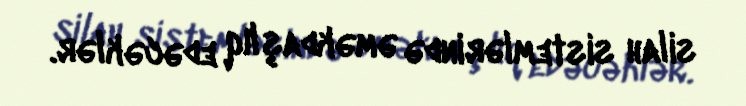
silah sistemlərində əməkdaşlıq edəcəklər.